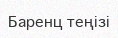
Баренц теңізі